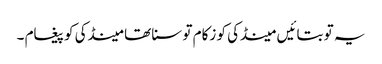
یہ تو بتائیں مینڈکی کو زکام تو سنا تھا مینڈکی کو پیغام ۔